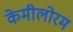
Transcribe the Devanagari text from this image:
केमीलोरम